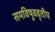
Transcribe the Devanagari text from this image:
समविषुववृतीय